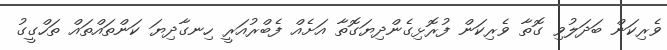
ވެރިކަން ބަދަލުވި ގޮތާ ވެރިކަން ފުރޮޅިގެންދިޔަގޮތާ އަށެއް ފެބްރުއަރީ ހިނގާދިޔަ ކަންތައްތައް ތަހްގީގު